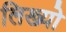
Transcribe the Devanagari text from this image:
लिख्‍यो